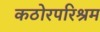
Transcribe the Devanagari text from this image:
कठोरपरिश्रम